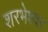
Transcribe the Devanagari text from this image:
शरभेश्वर